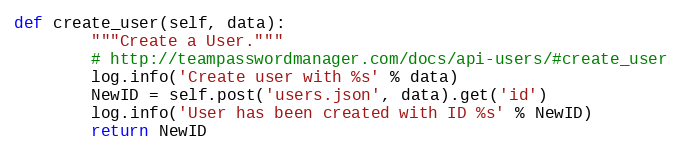
Language: Python
def create_user(self, data):
        """Create a User."""
        # http://teampasswordmanager.com/docs/api-users/#create_user
        log.info('Create user with %s' % data)
        NewID = self.post('users.json', data).get('id')
        log.info('User has been created with ID %s' % NewID)
        return NewID